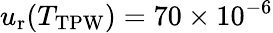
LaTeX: u_{\mathrm{r}}(T_{\mathrm{TPW}})=70\times 10^{-6}